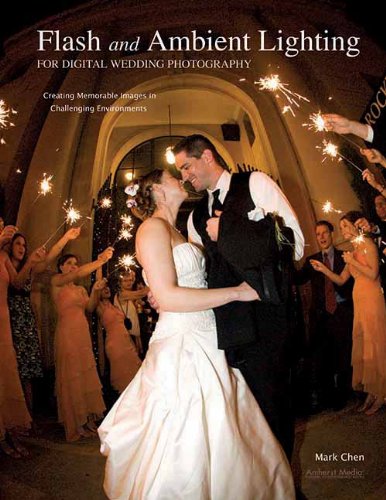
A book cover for Flash and Ambient Lighting for Digital Wedding Photography: Creating Memorable Images in Challenging Environments; Mark Chen; Crafts, Hobbies & Home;